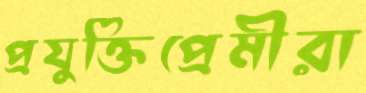
প্রযুক্তিপ্রেমীরা